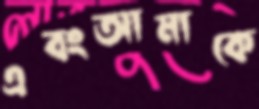
এবংআমাকে